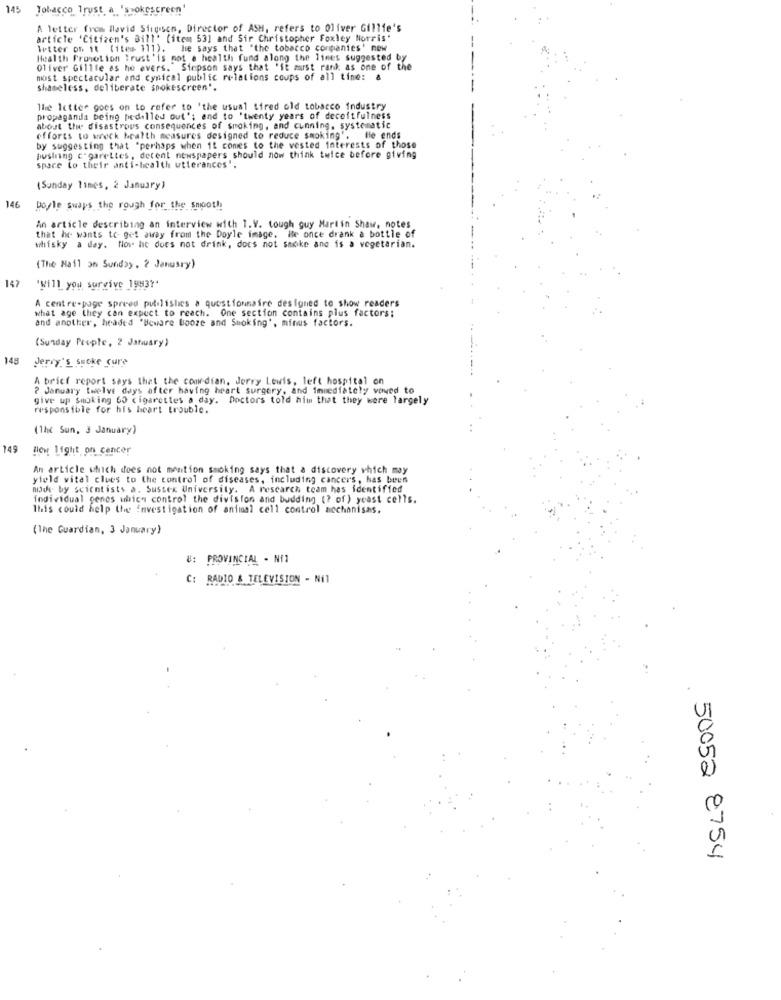
145
Tobacco Trust a 'smokescreen
A letter frem lavid Stigisen, Director of ASH, refers to Oliver Gillie's
article "Citizen's Bill' (item 53] and Sir Christopher Foxley Norris'
letter of it (item 111).
he says that "the tobacco companies' new
Health Promotion Trust'is not a health fund along the lines suggested by
Oliver Gilife as he evers. Simpson says that 'it must rank as one of the
most spectacular and cynical public relations coups of all time: &
shameless, deliberate spokescreen".
The letter goes on to refer to 'the usual tired old tobacco industry
propaganda being pedilled out'; and to 'twenty years of deceitfulness
about the disastrous consequences of smoking, and cunning, systematic
efforts to wreck health measures designed to reduce smoking'.
le ends
by suggesting that "perhaps when it comes to the vested interests of those
pushing c garettes, detent newspapers should now think twice before giving
spare to their anti-health utterances"
(Sunday Times, 2 January)
146
Doyle swaps the rough for the smooth
An article describing an interview with 1.V. tough guy Martin Shaw, notes
that he wants to get away from the Doyle image. He once drank a bottle of
whisky a day. Now he does not drink, does not smoke ane is a vegetarian.
(The Mail on Sunday, ? Janusry)
147
"Will you survive 19931'
A centre-page spreed publishes a questionnaire designed to show readers
what age they can expect to reach. One section contains plus factors;
and another, headed "Beware booze and Smoking', minus factors.
(Sunday People, 2 January)
148
Jerry's secke cure
A brief report says that the comedian. Jerry Lewis, left hospital on
? January twelve days after having heart surgery, and immediately vowed to
give up Smoking 60 cigarettes a day. Doctors told him that they were largely
responsible for his heart trouble.
(The Sun, 3 January)
149
How Light on cancer
An article which does not mention smoking says that a discovery which may
yield vital clues to the control of diseases, including cancers, has been
mode by scientists a. Sussex University. A research team has identified
individual genes ubica control the division and budding (? of ) yeast cells.
This could help the investigation of animal cell control nochanisas.
(The Guardian, 3 January)
#: PROVINCIAL - Nf1
C: RADIO & TELEVISION - Nil
50052 2754